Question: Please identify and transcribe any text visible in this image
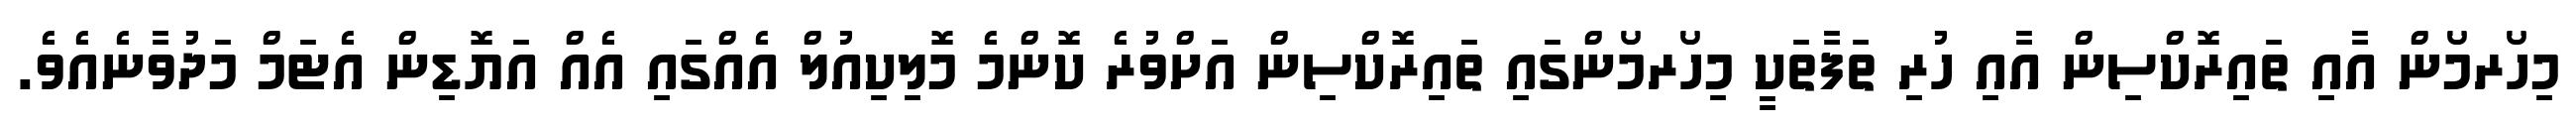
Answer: މިހޯރމޯން އާއި ތައިރޮކްސިން އާއި ހުރި ތަފާތަކީ މިހޯރމޯންގައި ތައިރޮކްސިން އަށްވުރެ ކޮންމެ މޮލިކިއުލް އެއްގައި އެއް އަޔޮޑިން އެޓަމް މަދުވާނެއެވެ.